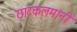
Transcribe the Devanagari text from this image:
छाटकलमांनी